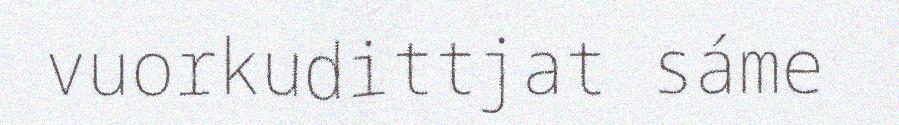
vuorkudittjat sáme